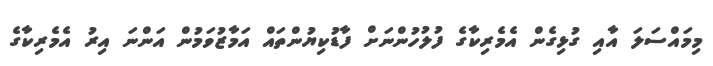
މިމައްސަލަ އާއި ގުޅިގެން އެމެރިކާގެ ފުލުހުންނަށް ފާޑުކިޔުންތައް އަމާޒުވަމުން އަންނަ އިރު އެމެރިކާގެ